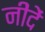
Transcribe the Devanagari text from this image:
नींदें